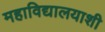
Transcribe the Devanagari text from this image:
महाविद्यालयाशी